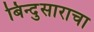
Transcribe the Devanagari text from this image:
बिन्दुसाराचा